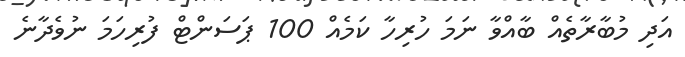
އަދި މުބާރާތެއް ބާއްވާ ނަމަ ހުރިހާ ކަމެއް 100 ޕަސަންޓް ފުރިހަމަ ނުވެދާނެ